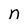
Character: n